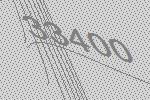
33400